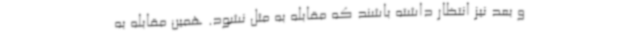
و بعد نیز انتظار داشته باشند که مقابله به مثل نشود. همین مقابله به